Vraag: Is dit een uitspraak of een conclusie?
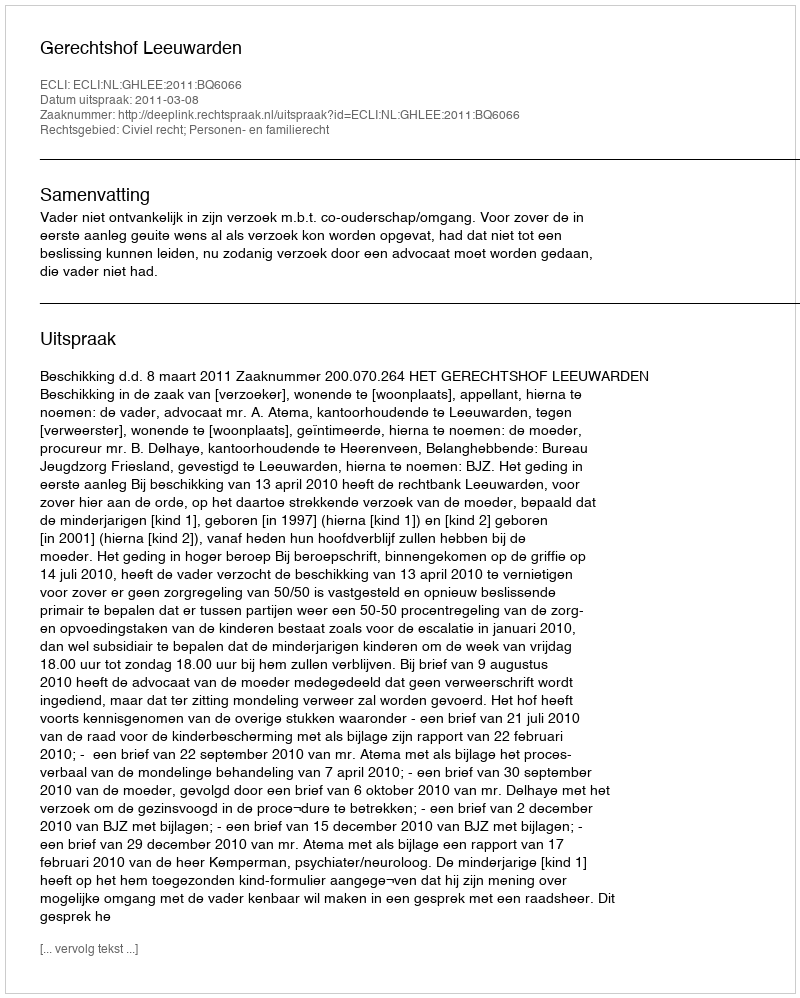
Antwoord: Uitspraak